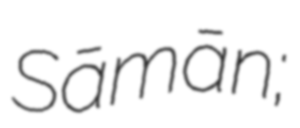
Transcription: Sāmān;